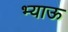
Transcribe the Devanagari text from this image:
भ्याऊ